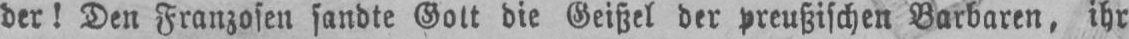
die Geißel der preußischen Barbaren, ihr